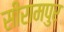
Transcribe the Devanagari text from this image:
सीरामपुर